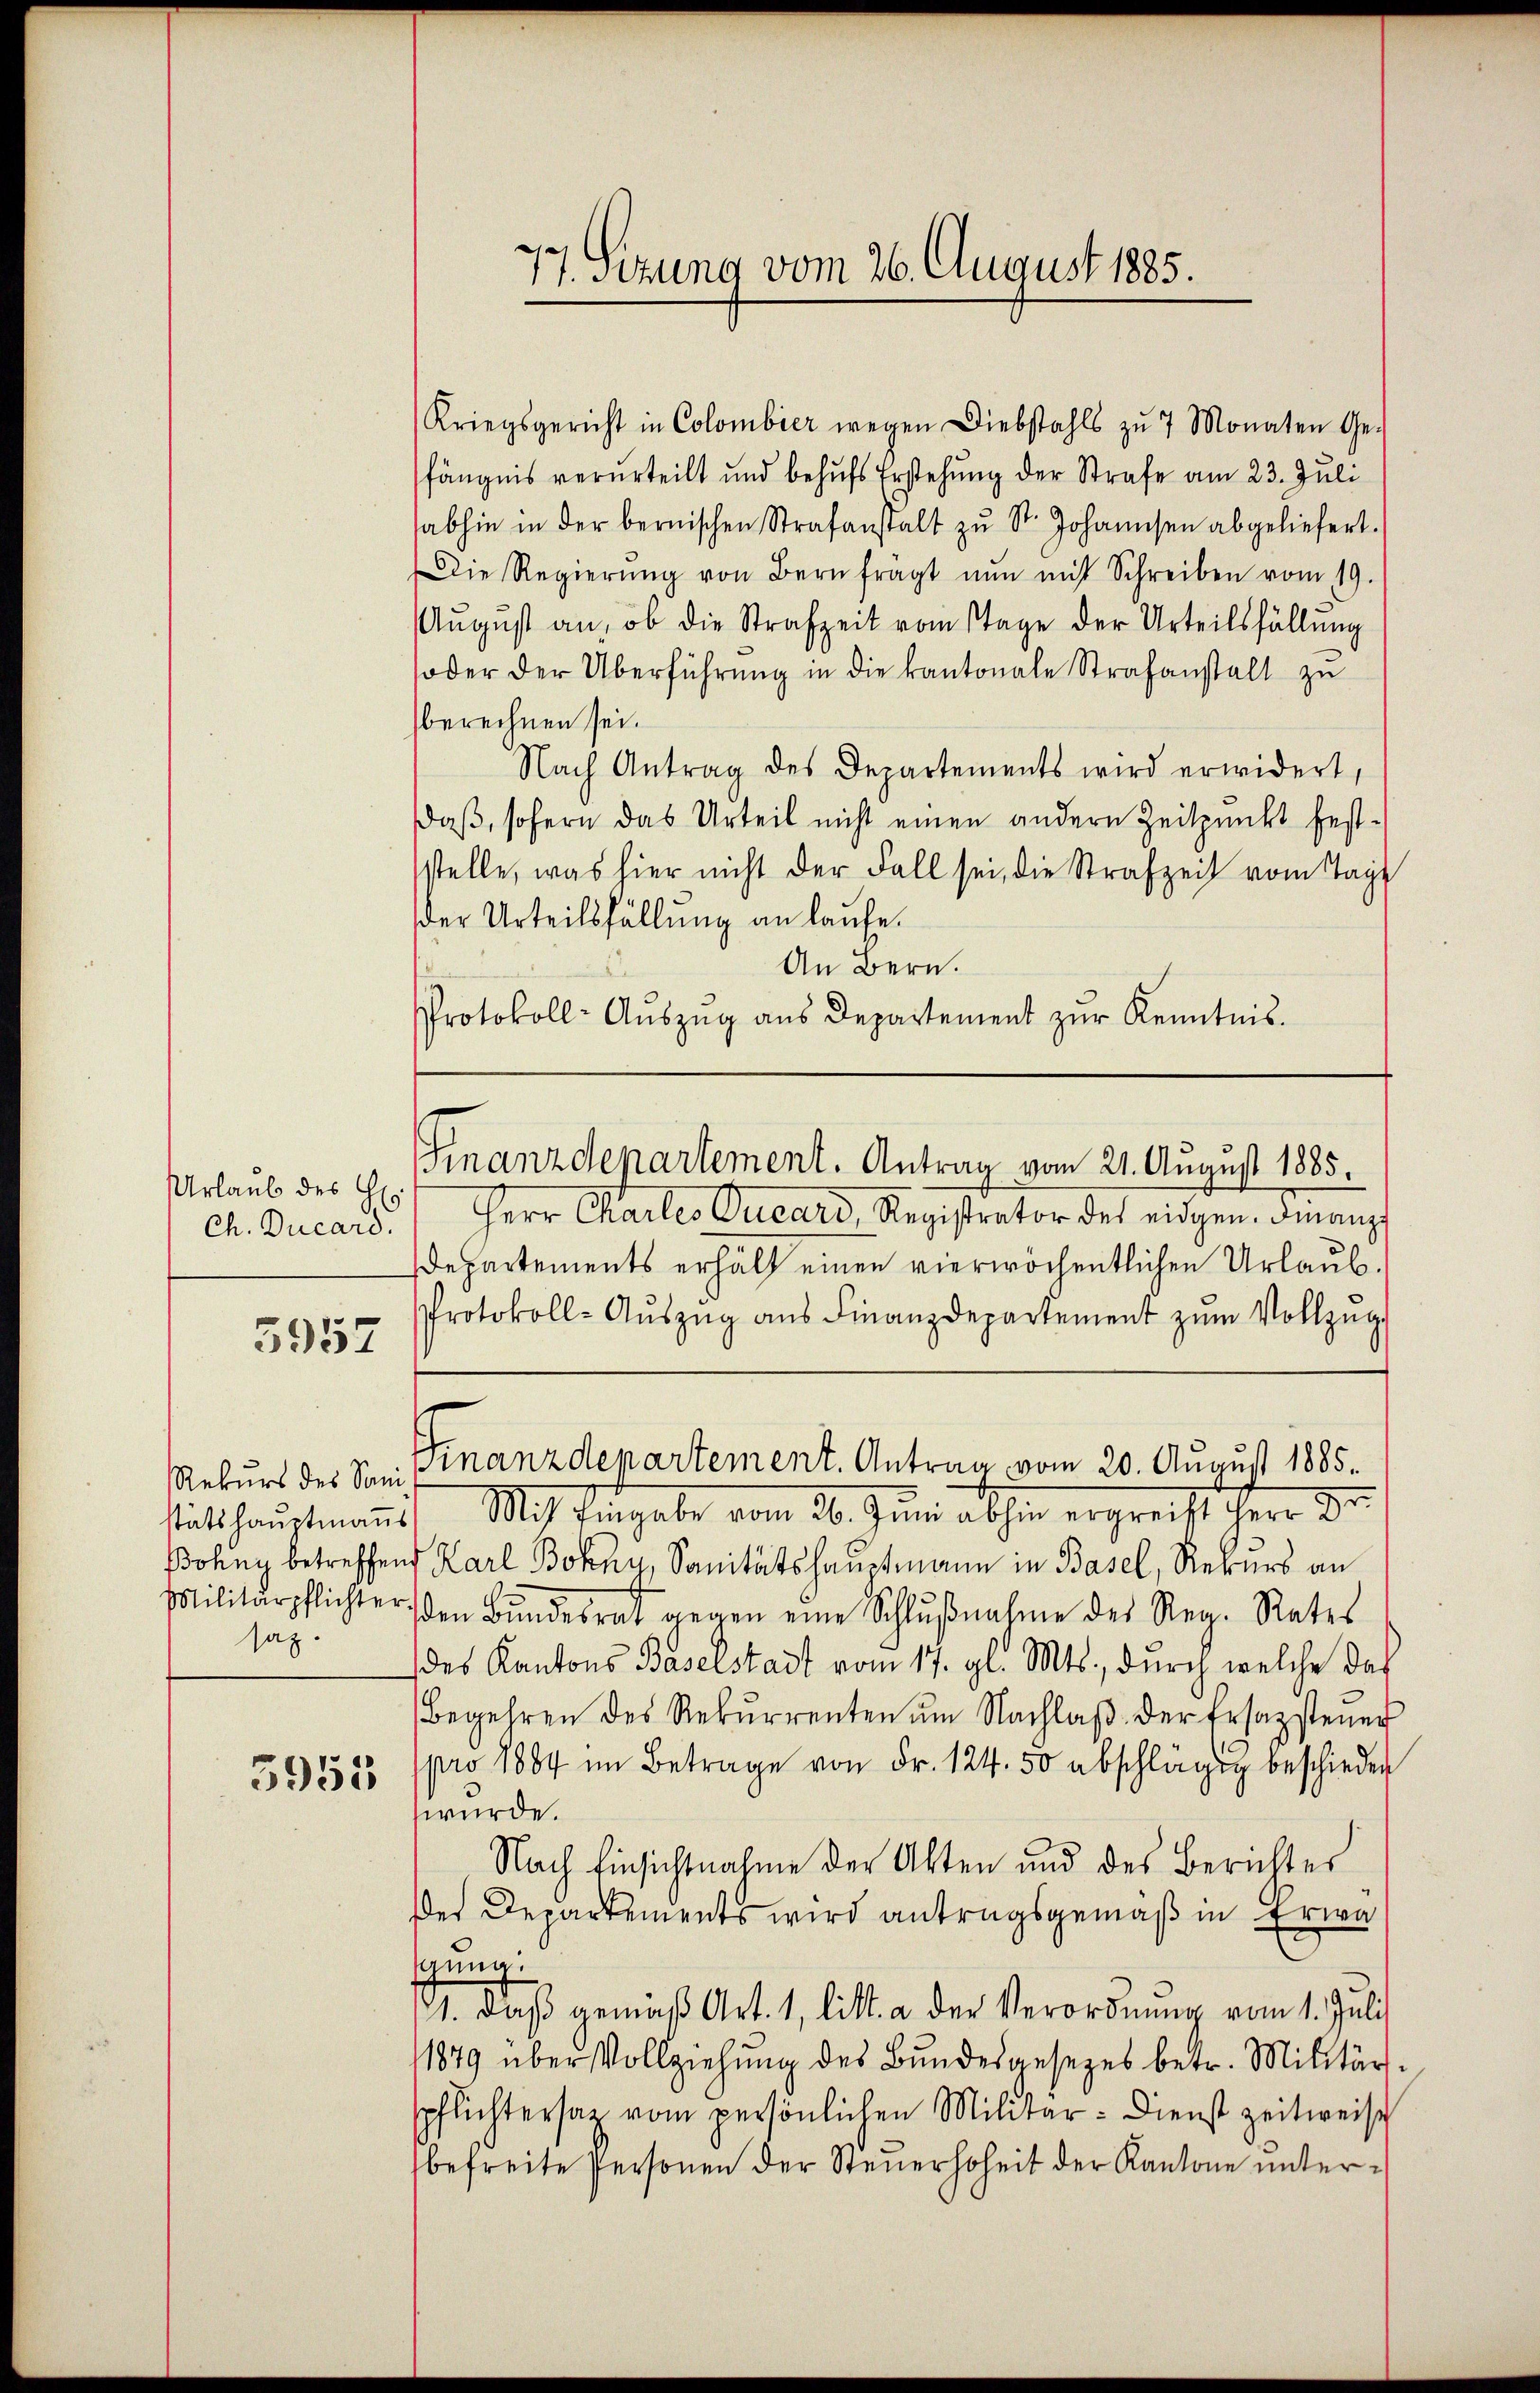
Urlaub des Hr
Ch. Ducard.

5957

Rekurs des Sani
stätshauptmann
Bohny betreffen
Militärpflichter
saz.

3955

77. Setzung vom 26. August 1885.

Kriegsgericht in Colombier wegen Diebstahls zŭ 7 Monaten Ge-
fängnis verurteilt und behŭfs Erstehung der Strafe am 23. Juli
abhin in der bernischen Strafanstalt zŭ St. Johannsen abgeliefert.
Die Regierŭng von Bern fragt nŭn mit Schreiben vom 19.
Aŭgŭst an, ob die Strafzeit vom Tage der Urteilsfällŭng
oder der Überführŭng in die kantonale Strafanstalt zŭ
berechnen sei.
Nach Antrag des Departements wird erwidert,
daß, sofern das Urteil nicht einen andern Zeitpunkt fest-
stelle, was hier nicht der Fall sei, die Strafzeit vom Tage
der Urteilsfällung an laufe.
An Bern.
Protokoll-Aŭszŭg aŭs Departement zŭr Kenntnis.
Finanzdepartement. Antrag vom 21. August 1885.
Herr Charles Ducard, Registrator des eidgen. Finanz¬
Departements erhält einen vierwöchentlichen Urlaub¬
Protokoll-Aŭszŭg aŭs Finanzdepartement zŭm Vollzŭg-
Finanzdepartement. Antrag vom 20. August 1885.
) Mit Eingabe vom 26. Juni abhin ergreicht herr Dr.
 Karl Bohny, Sanitätshauptmann in Basel, Rekurs an
iden Bŭndesrat gegen eine Schlŭβnahme der Reg. Rates
des Kantons Baselstadt vom 17. gl. Mts., durch welche das
Begehren des Rekŭrrenten ŭm Nachlaβ der Ersatzsteuer
pro 1884 im Betrage von Fr. 124. 50 abschlägig beschieden
würde.
Nach Einsichtnahme der Akten und des Berichtes
Der Departements wird antragsgemäß in Erwägung:
71. daβ gemäβ Art. 1, litt. a der Verordnŭng vom 1. Juli
1879 über Vollziehung des Bundesgesezes betr. Militärs,
spflichtersam vom persönlichen Militär- Dienst zeitweise
befreite Personen der Steuerhoheit der Kantone unter¬